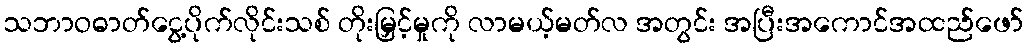
သဘာဝဓာတ်ငွေ့ပိုက်လိုင်းသစ် တိုးမြှင့်မှုကို လာမယ့်မတ်လ အတွင်း အပြီးအကောင်အထည်ဖော်